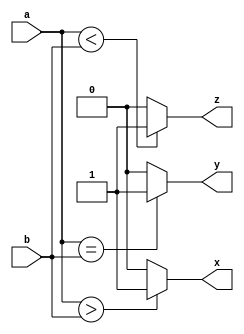
module compar_4bit(a, b, x, y, z);
input [3:0] a, b; // 4bit input
output x, y, z; // a>b, a==b, a<b

assign x = (a > b) ? 1'b1 : 1'b0; //
assign y = (a == b) ? 1'b1 : 1'b0;
assign z = (a < b) ? 1'b1 : 1'b0;

endmodule